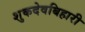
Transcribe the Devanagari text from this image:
शुकदेवबिहारी